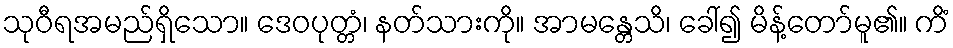
သုဝီရအမည်ရှိသော။ ဒေဝပုတ္တံ၊ နတ်သားကို။ အာမန္တေသိ၊ ခေါ်၍ မိန့်တော်မူ၏။ ကိံ